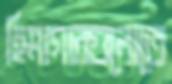
হিমাগারগুলোতে